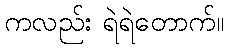
ကလည်း ရဲရဲတောက်။